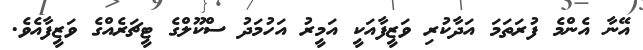
އޭނާ އެންމެ ފުރަތަމަ އަދާކުރި ވަޒީފާއަކީ އަމީރު އަހުމަދު ސްކޫލްގެ ޓީޗަރެއްގެ ވަޒީފާއެވެ.